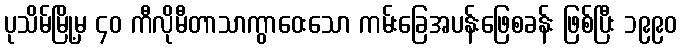
ပုသိမ်မြို့မှ ၄၀ ကီလိုမီတာသာကွာဝေးသော ကမ်းခြေအပန်းဖြေစခန်း ဖြစ်ပြီး ၁၉၉၀